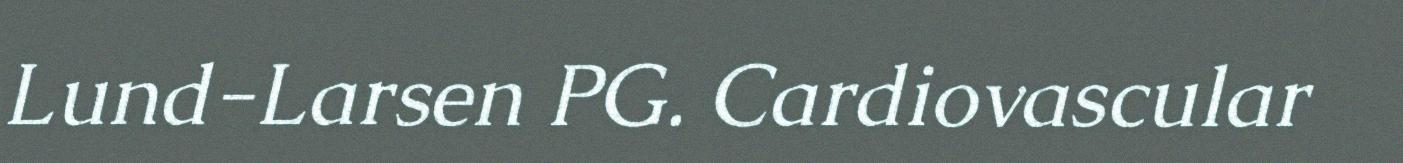
Lund-Larsen PG. Cardiovascular